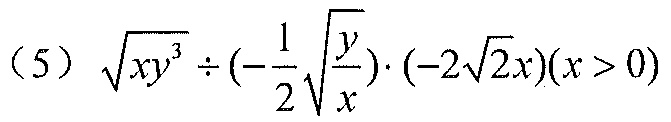
（5）\(\sqrt{xy^{3}}\div\left(-\frac{1}{2}\sqrt{\frac{y}{x}}\right)\cdot(-2\sqrt{2}x)(x > 0)\)